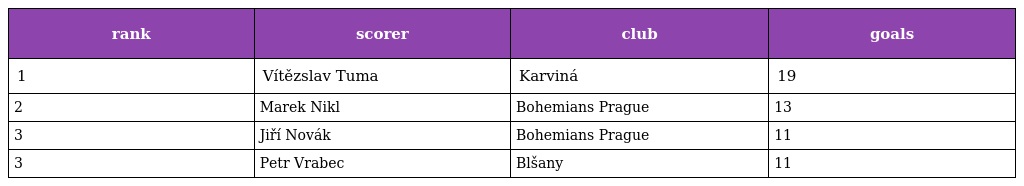
| rank | scorer | club | goals |
 | --- | --- | --- | --- |
 | 1 | Vítězslav Tuma | Karviná | 19 |
 | 2 | Marek Nikl | Bohemians Prague | 13 |
 | 3 | Jiří Novák | Bohemians Prague | 11 |
 | 3 | Petr Vrabec | Blšany | 11 |